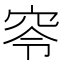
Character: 𥥋